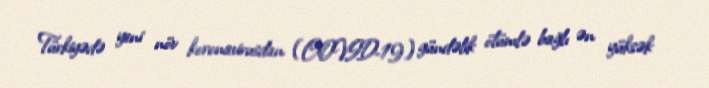
Türkiyədə yeni növ koronavirusdan (COVID-19) gündəlik ölümlə bağlı ən yüksək